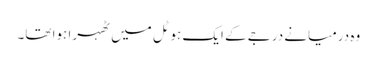
وہ درمیانے درجے کے ایک ہوٹل میں ٹھہرا ہوا تھا۔